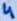
Text: 4